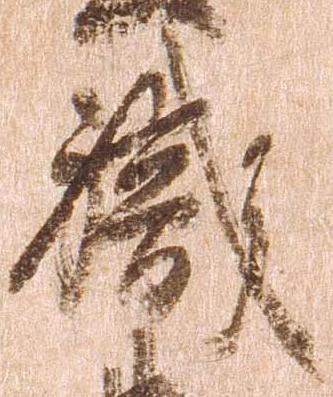
職